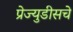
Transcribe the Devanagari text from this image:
प्रेज्युडीसचे